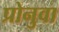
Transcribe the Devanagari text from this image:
प्रोनुवा